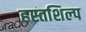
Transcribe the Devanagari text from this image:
हस्तशिल्‍प